Civil Veterinary Dept. North-West Frontier Province 1923-32 - 1923-1932
Year: 1923
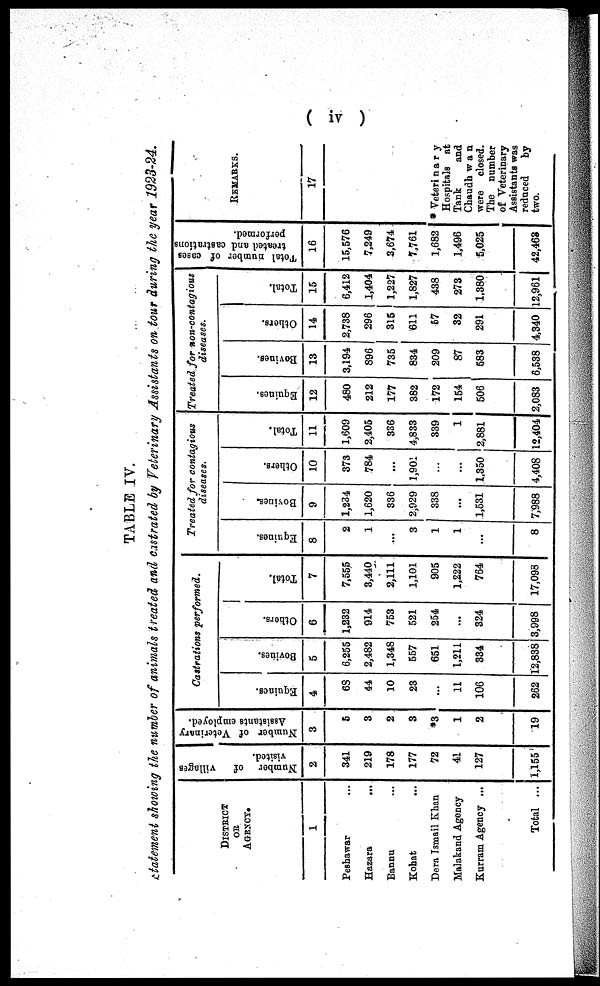
( iv )
TABLE IV.
statement showing the number of animals treated and castrated by Veterinary Assistants on tour during the year 1923-24.
DISTRICT
OR
AGENCY.
1
Peshawar ...
Hazara
...
Bannu ...
Kohat ...
Dera Ismail Khan
Malakand Agency
Kurram Agency ...
Total ...
Number of
villages
visited.
2
341
219
178
177
72
41
127
1,155
Number of Veterinary
Assistants employed.
3
5
3
2
3
*3
1
2
19
Castrations performed.
Equines.
4
68
44
10
23
...
11
106
262
Bovines.
5
6,255
2,482
1,348
557
651
1,211
334
12,838
Others.
6
1,232
914
753
521
254
...
324
3,998
Total.
7
7,555
3,440
2,111
1,101
905
1,222
764
17,098
Treated for contagious
diseases.
Equines.
8
2
1
...
3
1
1
...
8
Bovines.
9
1,234
1,620
336
2,929
338
...
1,531
7,988
Others.
10
373
784
...
1,901
...
...
1,350
4,408
Total.
11
1,609
2,405
336
4,833
339
1
2,881
12,404
Treated for non-contagious
diseases.
Equines.
12
480
212
177
382
172
154
506
2,083
Bovines.
13
3,194
896
735
834
209
87
583
6,538
Others.
14
2,738
296
315
611
57
32
291
4,340
Total.
15
6,412
1,404
1,227
1,827
438
273
1,380
12,961
Total number of cases
treated and castrations
performed.
16
15,576
7,249
3,674
7,761
1,682
1,496
5,025
42,463
REMARKS.
17
* Veterinary
Hospitals at
Tank
and
Chaudhwan
were closed.
The number
of Veterinary
reduced
by
two.